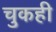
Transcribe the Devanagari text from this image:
चुकही